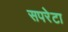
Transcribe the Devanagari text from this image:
सपरेटा